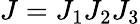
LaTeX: J=J_{1}J_{2}J_{3}